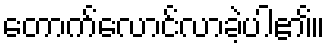
တောက်လောင်လာခဲ့ပါ၏။